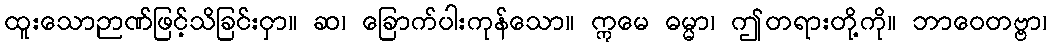
ထူးသောဉာဏ်ဖြင့်သိခြင်းငှာ။ ဆ၊ ခြောက်ပါးကုန်သော။ ဣမေ ဓမ္မာ၊ ဤတရားတို့ကို။ ဘာဝေတဗ္ဗာ၊